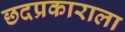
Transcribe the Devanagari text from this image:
छदप्रकाराला